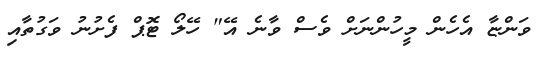
ވަންޏާ އެހެން މީހުންނަށް ވެސް ވާނެ އޭ" ހޭލޯ ޓޮޕް ފެށުނު ވަގުތާއި